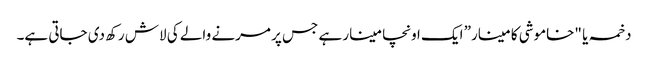
دخمہ یا "خاموشی کا مینار” ایک اونچا مینار ہے جس پر مرنے والے کی لاش رکھ دی جاتی ہے۔